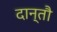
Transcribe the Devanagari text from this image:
दान्तौ